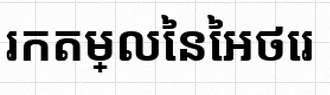
រកតម្លៃនៃអថេរ